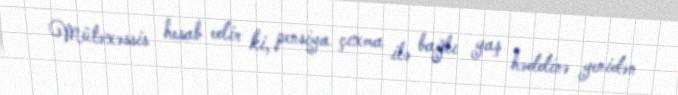
Mütəxəssis hesab edir ki, pensiya çıxma ilə bağlı yaş həddinə yenidən